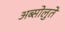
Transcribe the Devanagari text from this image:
अब्सोलुते